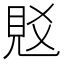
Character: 覐